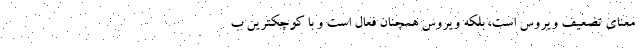
معنای تضعیف ویروس است، بلکه ویروس همچنان فعال است و با کوچکترین ب